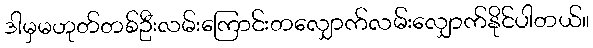
ဒါမှမဟုတ်တစ်ဦးလမ်းကြောင်းတလျှောက်လမ်းလျှောက်နိုင်ပါတယ်။